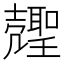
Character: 𰋍